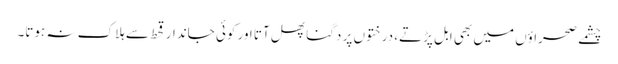
چشمے صحراؤں میں بھی ابل پڑتے، درختوں پر دگنا پھل آتا اور کوئی جاندار قحط سے ہلاک نہ ہوتا۔